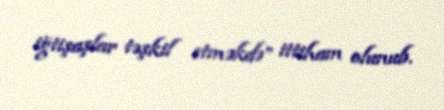
iğtişaşlar təşkil etməkdə” ittiham olunub.